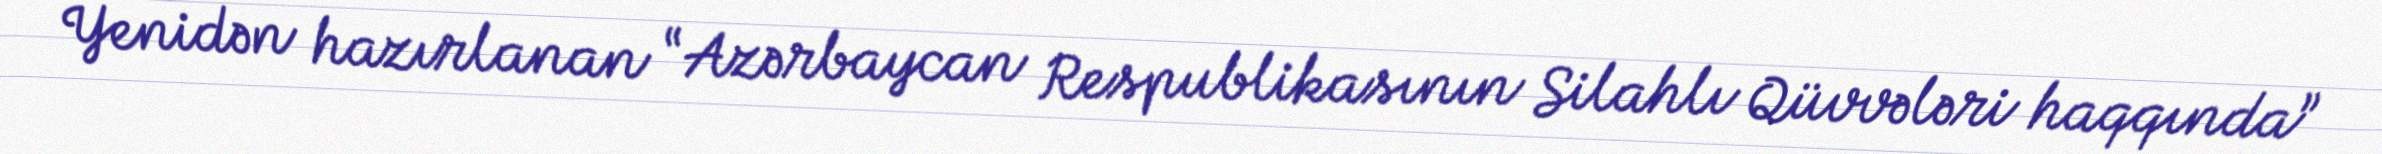
Yenidən hazırlanan “Azərbaycan Respublikasının Silahlı Qüvvələri haqqında”